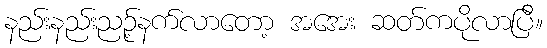
နည်းနည်းညဉ့်နက်လာတော့ အအေး ဆတ်ကပိုလာပြီ။